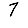
Digit: 7